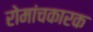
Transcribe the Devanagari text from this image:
रोमांचकारक